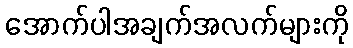
အောက်ပါအချက်အလက်များကို